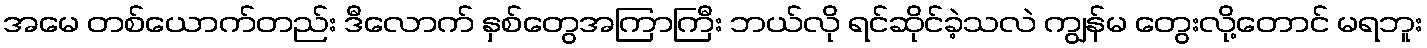
အမေ တစ်ယောက်တည်း ဒီလောက် နှစ်တွေအကြာကြီး ဘယ်လို ရင်ဆိုင်ခဲ့သလဲ ကျွန်မ တွေးလို့တောင် မရဘူး